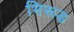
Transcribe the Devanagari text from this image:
भिरूड